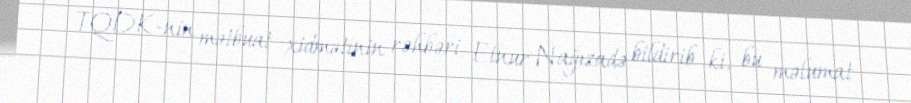
TQDK-nin mətbuat xidmətinin rəhbəri Elnur Nağızadə bildirib ki, bu məlumat